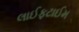
લાઈફટાઈમ